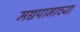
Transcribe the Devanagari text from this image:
मद्यपानाच्या